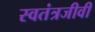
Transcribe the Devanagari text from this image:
स्वतंत्रजीवी